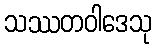
သဿတဝါဒေသု